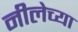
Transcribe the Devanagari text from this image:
नीलेच्या